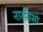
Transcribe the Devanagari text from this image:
नारसिसो